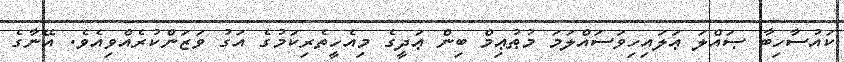
ކައުސާހިބާ ޞައްލަ ޢަލައިހިވަސައްލަމަ މުޠުޢިމް ބިން ޢަދީގެ މިއެހީތެރިކަމުގެ އަގު ވަޒަންކުރެއްވިއެވެ. އޭނާގެ